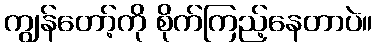
ကျွန်တော့်ကို စိုက်ကြည့်နေတာပဲ။